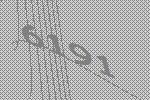
6191